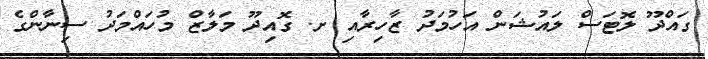
ގައްދޫ ލޮޓަސް ލައުޝަން އަހުމަދު ޒާހިރާއި ށ. ގޮއިދޫ މަލާޒް މުހައްމަދު ސިނާންގެ